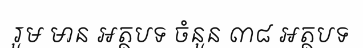
រួម មាន អត្ថបទ ចំនួន ៣៨ អត្ថបទ